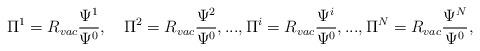
LaTeX: \begin{align*}\Pi^1=R_{vac}\frac{\Psi^1}{\Psi^0},\quad \Pi^2=R_{vac}\frac{\Psi^2}{\Psi^0},...,\Pi^i=R_{vac}\frac{\Psi^i}{\Psi^0},...,\Pi^N=R_{vac}\frac{\Psi^N}{\Psi^0},\end{align*}